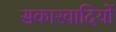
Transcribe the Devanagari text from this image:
सकारवादियों